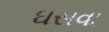
ઘસવા